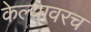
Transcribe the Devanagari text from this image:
केल्यावरच